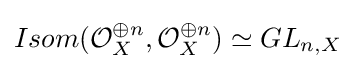
Isom({\mathcal {O}}_{X}^{\oplus n},{\mathcal {O}}_{X}^{\oplus n})\simeq GL_{n,X}